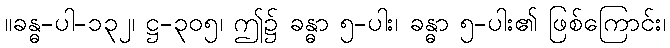
။ခန္ဓ-ပါ-၁၃၂၊ ဋ္ဌ-၃၀၅၊ ဤ၌ ခန္ဓာ ၅-ပါး၊ ခန္ဓာ ၅-ပါး၏ ဖြစ်ကြောင်း၊